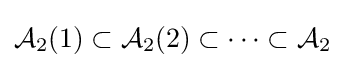
{\mathcal {A}}_{2}(1)\subset {\mathcal {A}}_{2}(2)\subset \cdots \subset {\mathcal {A}}_{2}